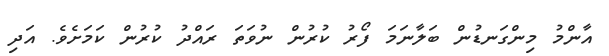
އާންމު މިންގަނޑުން ބަލާނަމަ ފޯރު ކުރުން ނުވަތަ ރައްދު ކުރުން ކަމަށެވެ. އަދި